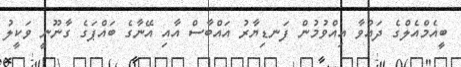
ބީއެމްއެލްގެ ދައުވާ އިއްވުމުން ފަނޑިޔާރު އައްބާސް އާއި އޭނާގެ ބައްޕަގެ ގާނޫނީ ވަކީލު